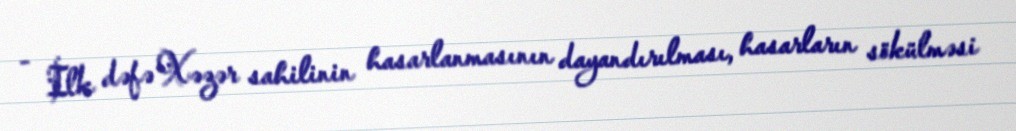
- İlk dəfə Xəzər sahilinin hasarlanmasının dayandırılması, hasarların sökülməsi